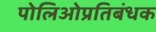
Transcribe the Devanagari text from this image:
पोलिओप्रतिबंधक